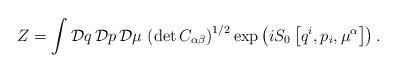
LaTeX: \begin{align*}Z=\int {\cal D}q\,{\cal D}p\,{\cal D}\mu \,\left( \det C_{\alpha\beta }\right) ^{1/2}\exp \left( iS_0\left[ q^i,p_i,\mu ^\alpha \right]\right) .\end{align*}